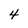
Character: 4